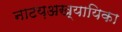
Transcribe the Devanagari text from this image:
नाटय़अख्यायिका